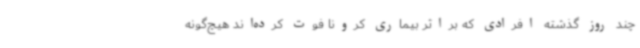
چند روز گذشته افرادی که براثر بیماری کرونا فوت کرده‌اند هیچ‌گونه